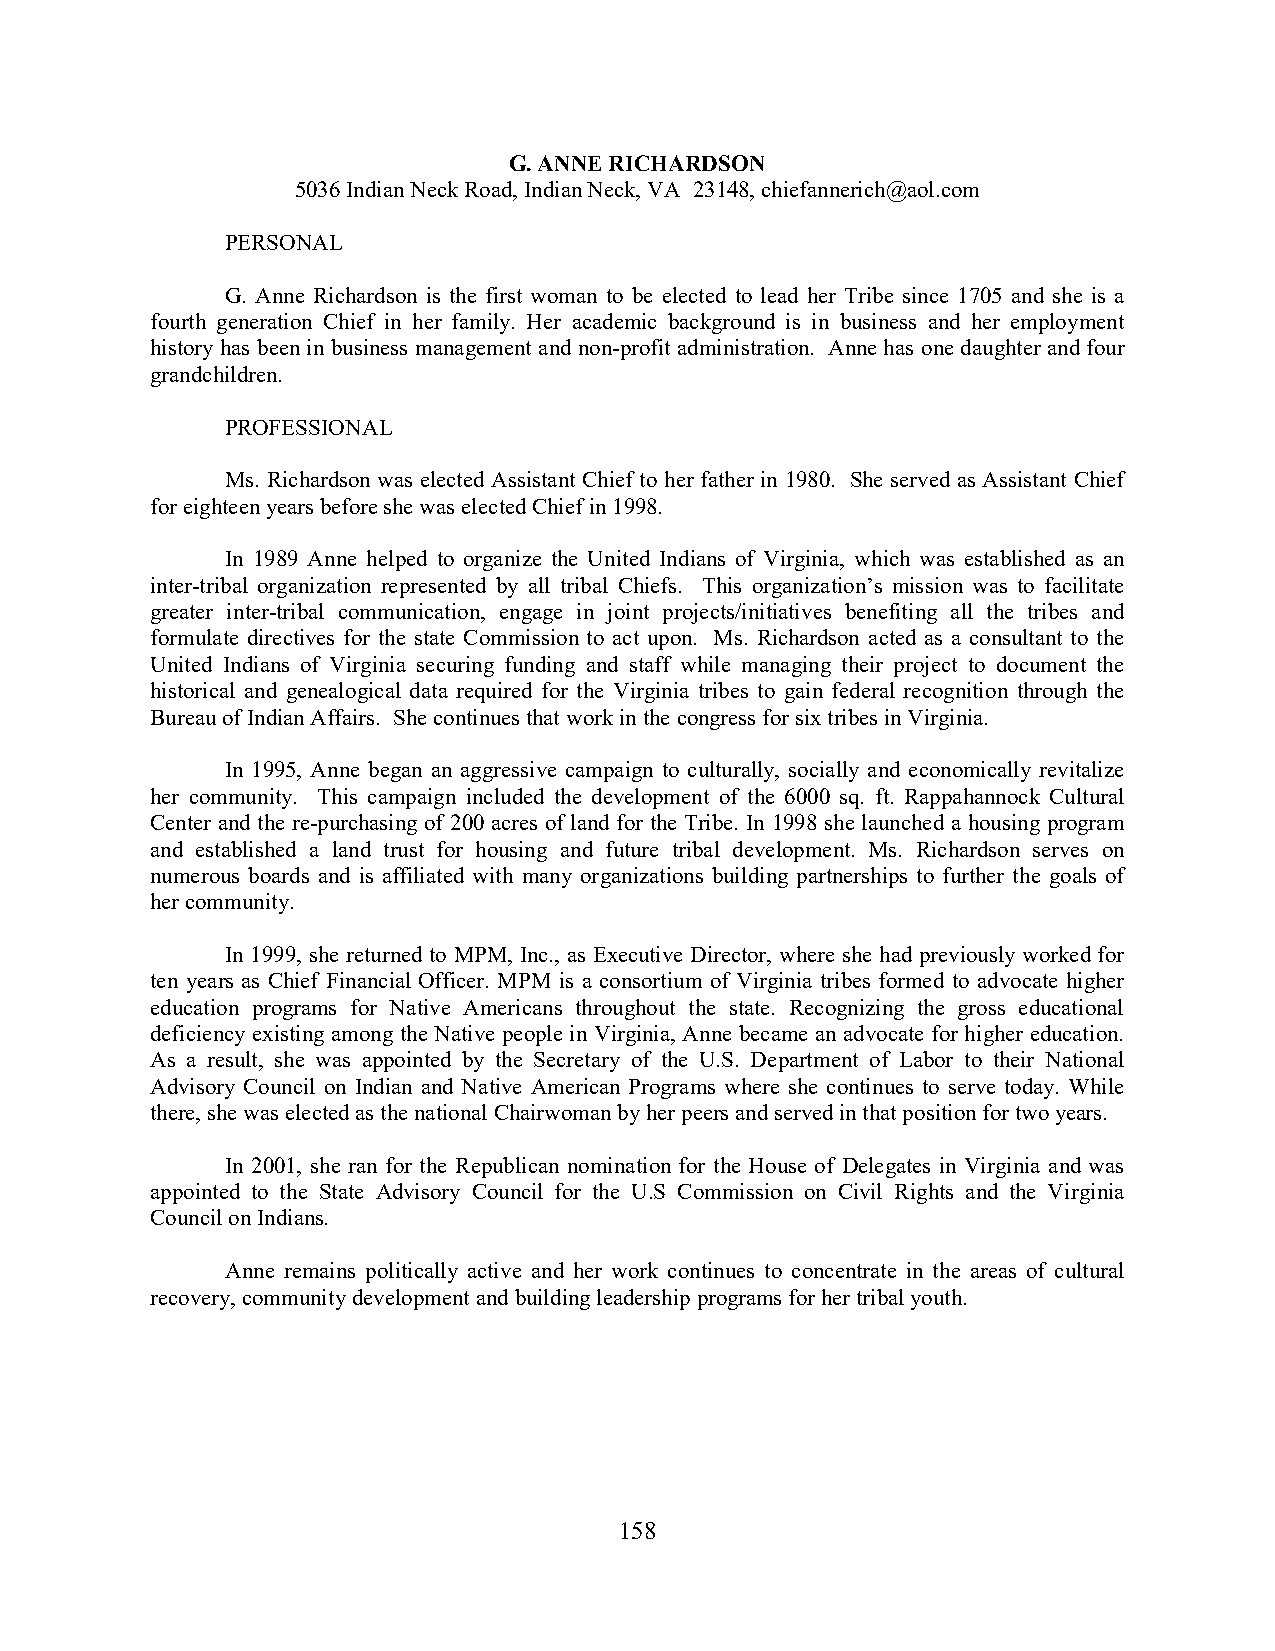
G. ANNE RICHARDSON
 5036 Indian Neck Road, Indian Neck, VA 23148, chiefannerich@aol.com
 PERSONAL
 G. Anne Richardson is the first woman to be elected to lead her Tribe since 1705 and she is a
 fourth generation Chief in her family. Her academic background is in business and her employment
 history has been in business management and non-profit administration. Anne has one daughter and four
 grandchildren.
 PROFESSIONAL
 Ms. Richardson was elected Assistant Chief to her father in 1980. She served as Assistant Chief
 for eighteen years before she was elected Chief in 1998.
 In 1989 Anne helped to organize the United Indians of Virginia, which was established as an
 inter-tribal organization represented by all tribal Chiefs. This organization’s mission was to facilitate
 greater inter-tribal communication, engage in joint projects/initiatives benefiting all the tribes and
 formulate directives for the state Commission to act upon. Ms. Richardson acted as a consultant to the
 United Indians of Virginia securing funding and staff while managing their project to document the
 historical and genealogical data required for the Virginia tribes to gain federal recognition through the
 Bureau of Indian Affairs. She continues that work in the congress for six tribes in Virginia.
 In 1995, Anne began an aggressive campaign to culturally, socially and economically revitalize
 her community. This campaign included the development of the 6000 sq. ft. Rappahannock Cultural
 Center and the re-purchasing of 200 acres of land for the Tribe. In 1998 she launched a housing program
 and established a land trust for housing and future tribal development. Ms. Richardson serves on
 numerous boards and is affiliated with many organizations building partnerships to further the goals of
 her community.
 In 1999, she returned to MPM, Inc., as Executive Director, where she had previously worked for
 ten years as Chief Financial Officer. MPM is a consortium of Virginia tribes formed to advocate higher
 education programs for Native Americans throughout the state. Recognizing the gross educational
 deficiency existing among the Native people in Virginia, Anne became an advocate for higher education.
 As a result, she was appointed by the Secretary of the U.S. Department of Labor to their National
 Advisory Council on Indian and Native American Programs where she continues to serve today. While
 there, she was elected as the national Chairwoman by her peers and served in that position for two years.
 In 2001, she ran for the Republican nomination for the House of Delegates in Virginia and was
 appointed to the State Advisory Council for the U.S Commission on Civil Rights and the Virginia
 Council on Indians.
 Anne remains politically active and her work continues to concentrate in the areas of cultural
 recovery, community development and building leadership programs for her tribal youth.
 158